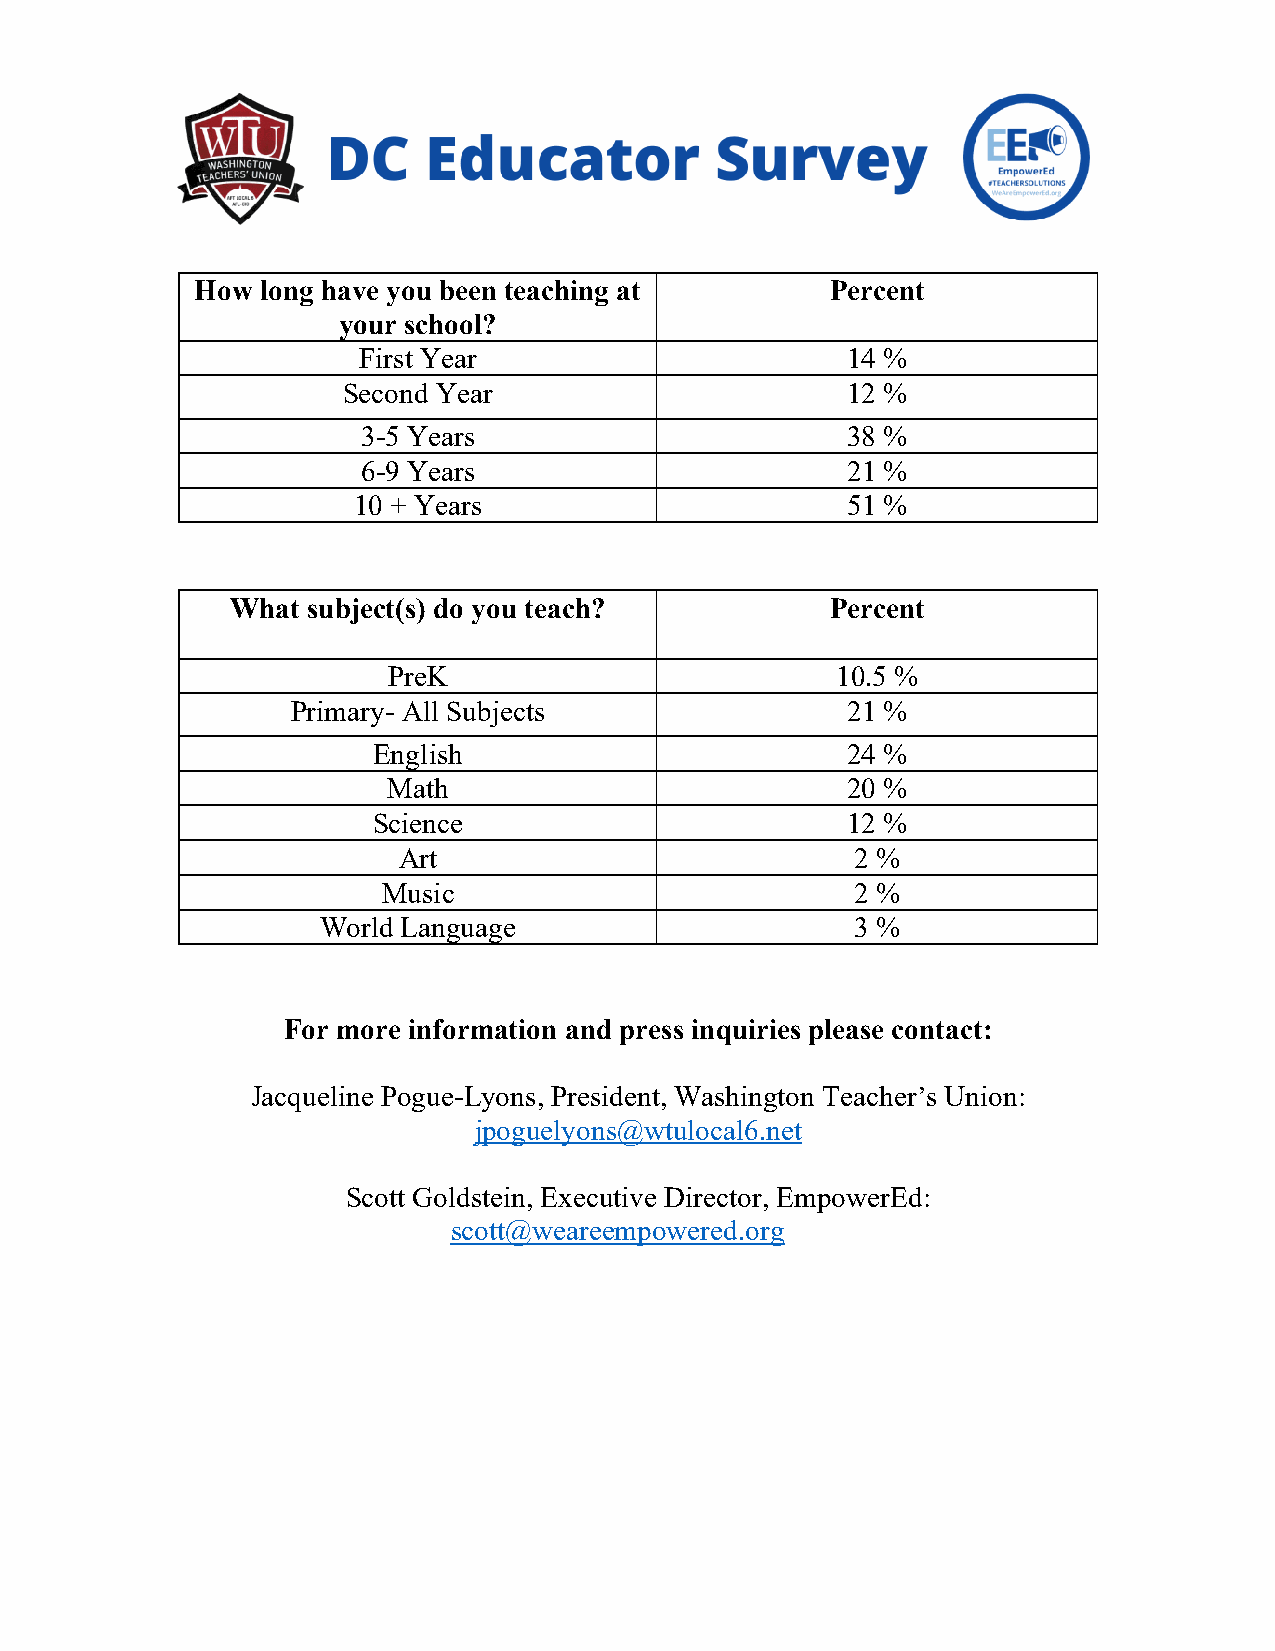
How long have you been teaching at        Percent
 your school?
 First Year                      14 %
 Second Year                      12 %
 3-5 Years                       38 %
 6-9 Years                       21 %
 10 + Years                       51 %
 What subject(s) do you teach?           Percent
 PreK                         10.5 %
 Primary- All Subjects                21 %
 English                        24 %
 Math                          20 %
 Science                        12 %
 Art                            2 %
 Music                           2 %
 World Language                      3 %
 For more information and press inquiries please contact:
 Jacqueline Pogue-Lyons, President, Washington Teacher’s Union:
 jpoguelyons@wtulocal6.net
 Scott Goldstein, Executive Director, EmpowerEd:
 scott@weareempowered.org